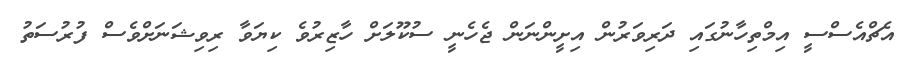
އެޗްއެސްސީ އިމްތިހާނުގައި ދަރިވަރުން އިށީންނަން ޖެހެނީ ސުކޫލަށް ހާޒިރުވެ ކިޔަވާ ރިވިޝަނަށްވެސް ފުރުސަތު